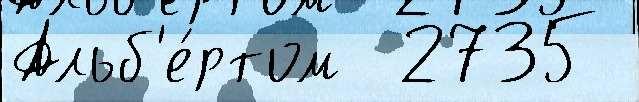
Альб'е́ртом  2735